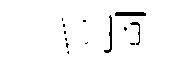
七崗